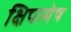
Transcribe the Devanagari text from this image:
क्षिपत्येष